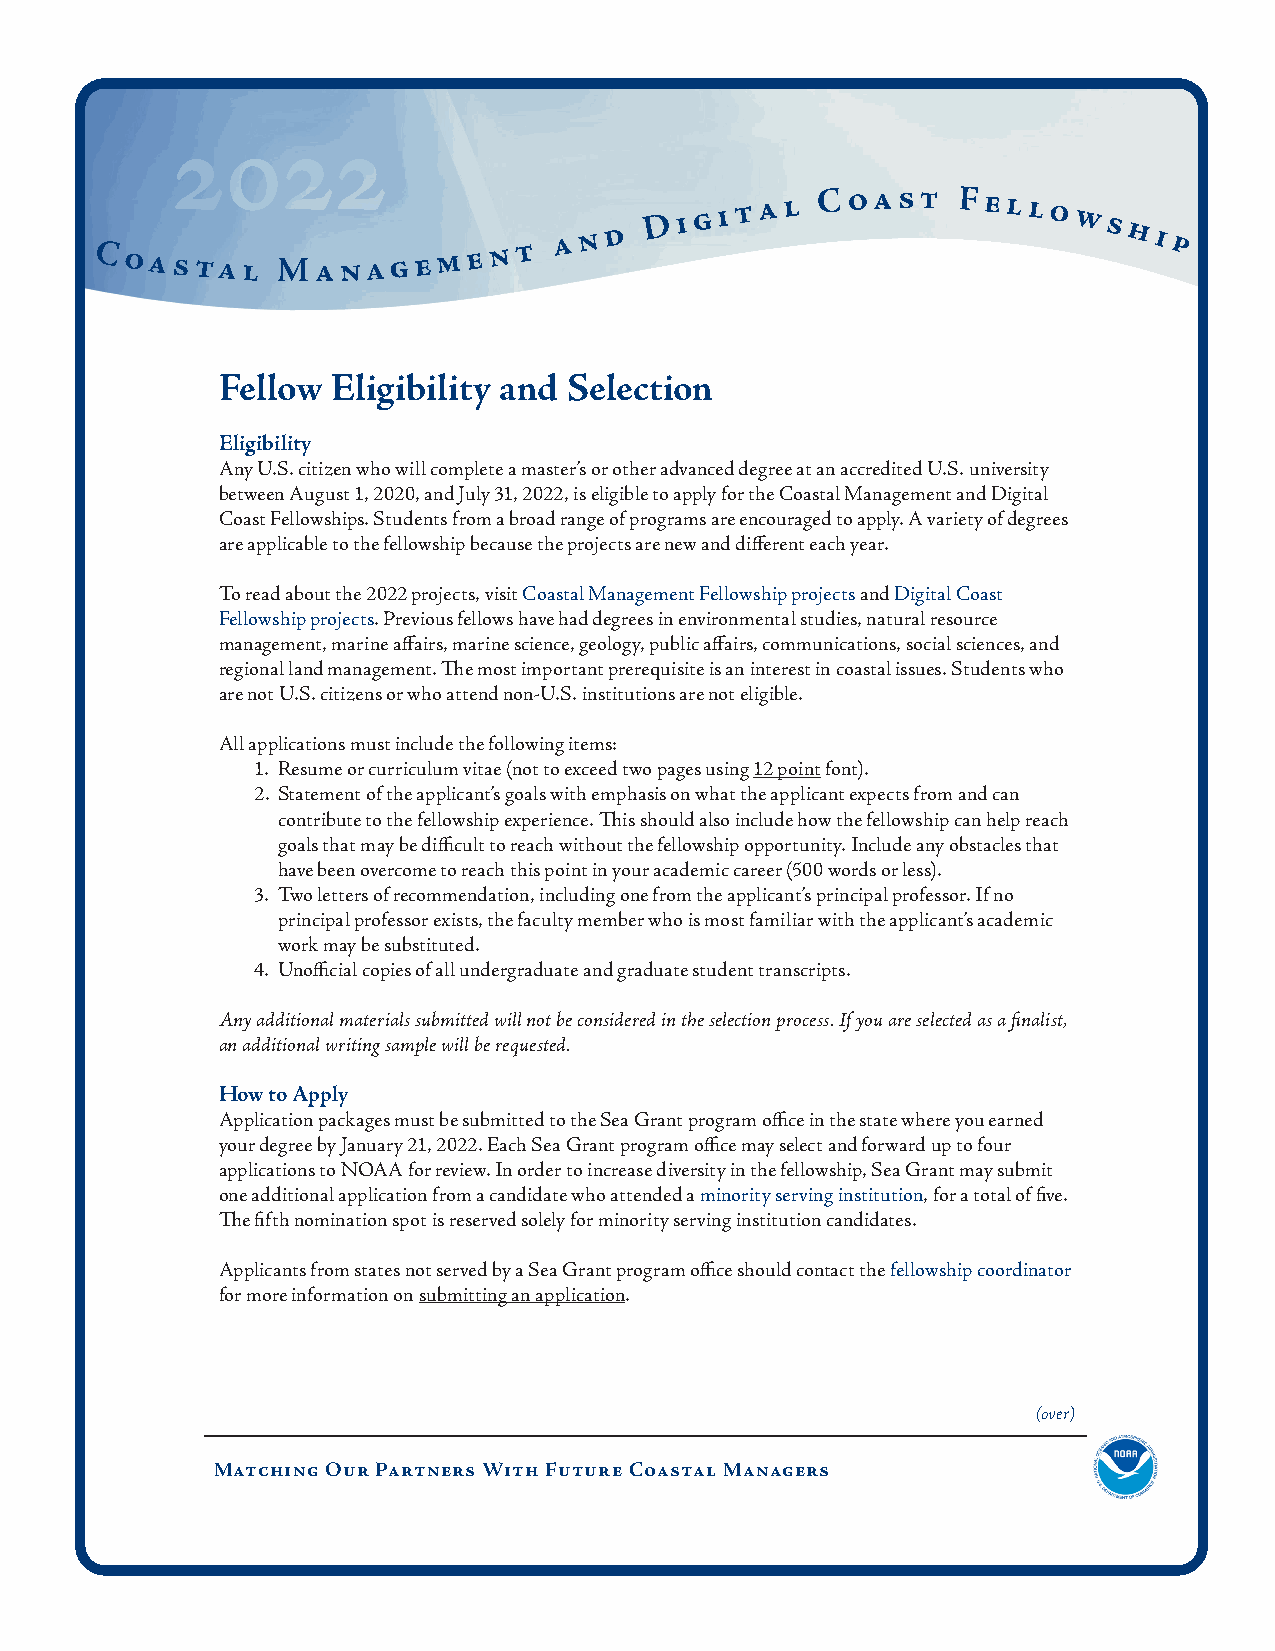
2022
 Coastal     Ma   n a g e m e n t a n d
 D i g i t a l C oast Fello  ws
 hi p
 Fellow  Eligibility and Selection
 Eligibility
 Any U.S. citizen who will complete a master’s or other advanced degree at an accredited U.S. university
 between August 1, 2020, and July 31, 2022, is eligible to apply for the Coastal Management and Digital
 Coast Fellowships. Students from a broad range of programs are encouraged to apply. A variety of degrees
 are applicable to the fellowship because the projects are new and different each year.
 To read about the 2022 projects, visit Coastal Management Fellowship projects and Digital Coast
 Fellowship projects. Previous fellows have had degrees in environmental studies, natural resource
 management, marine affairs, marine science, geology, public affairs, communications, social sciences, and
 regional land management. The most important prerequisite is an interest in coastal issues. Students who
 are not U.S. citizens or who attend non-U.S. institutions are not eligible.
 All applications must include the following items:
 1. Resume or curriculum vitae (not to exceed two pages using 12 point font).
 2. Statement of the applicant’s goals with emphasis on what the applicant expects from and can
 contribute to the fellowship experience. This should also include how the fellowship can help reach
 goals that may be difficult to reach without the fellowship opportunity. Include any obstacles that
 have been overcome to reach this point in your academic career (500 words or less).
 3. Two letters of recommendation, including one from the applicant’s principal professor. If no
 principal professor exists, the faculty member who is most familiar with the applicant’s academic
 work may be substituted.
 4. Unofficial copies of all undergraduate and graduate student transcripts.
 Any additional materials submitted will not be considered in the selection process. If you are selected as a finalist,
 an additional writing sample will be requested.
 How to Apply
 Application packages must be submitted to the Sea Grant program office in the state where you earned
 your degree by January 21, 2022. Each Sea Grant program office may select and forward up to four
 applications to NOAA for review. In order to increase diversity in the fellowship, Sea Grant may submit
 one additional application from a candidate who attended a minority serving institution, for a total of five.
 The fifth nomination spot is reserved solely for minority serving institution candidates.
 Applicants from states not served by a Sea Grant program office should contact the fellowship coordinator
 for more information on submitting an application.
 (over)
 Matching Our Partners With Future Coastal Managers